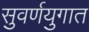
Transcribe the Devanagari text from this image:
सुवर्णयुगात